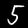
Label: 5